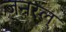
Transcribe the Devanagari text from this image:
जनरल्